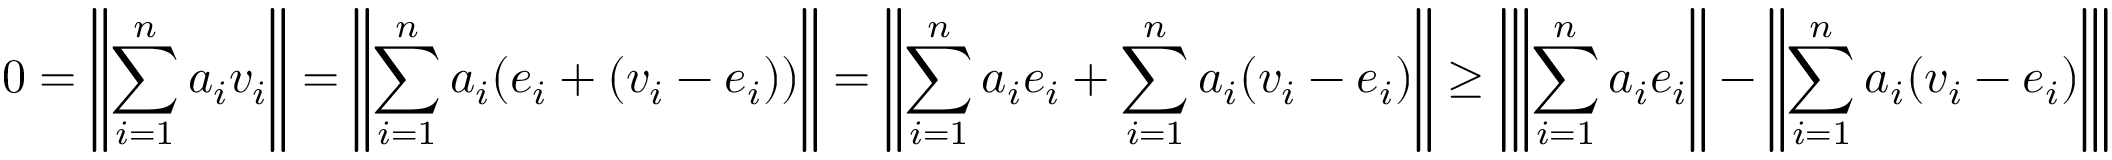
0 = \left\| \sum _ { i = 1 } ^ { n } a _ { i } v _ { i } \right\| = \left\| \sum _ { i = 1 } ^ { n } a _ { i } ( e _ { i } + ( v _ { i } - e _ { i } ) ) \right\| = \left\| \sum _ { i = 1 } ^ { n } a _ { i } e _ { i } + \sum _ { i = 1 } ^ { n } a _ { i } ( v _ { i } - e _ { i } ) \right\| \geq \left| \left\| \sum _ { i = 1 } ^ { n } a _ { i } e _ { i } \right\| - \left\| \sum _ { i = 1 } ^ { n } a _ { i } ( v _ { i } - e _ { i } ) \right\| \right|